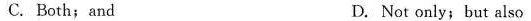
C. Both;and D. Not only; but also